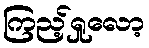
ကြည့်ရှုလော့